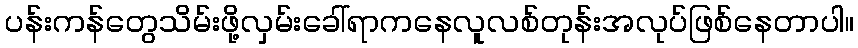
ပန်းကန်တွေသိမ်းဖို့လှမ်းခေါ်ရာကနေလူလစ်တုန်းအလုပ်ဖြစ်နေတာပါ။